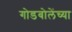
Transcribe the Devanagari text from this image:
गोडबोलेंच्या